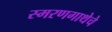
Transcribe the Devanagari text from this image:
स्मरणगाथेचे